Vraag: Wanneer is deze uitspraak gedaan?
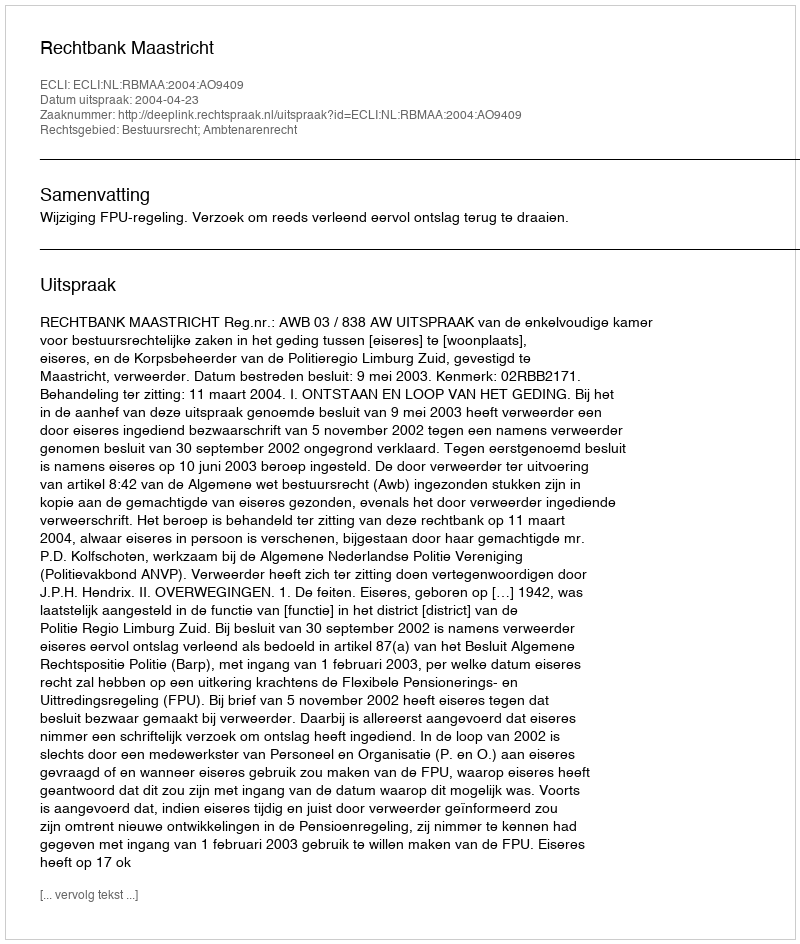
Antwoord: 2004-04-23